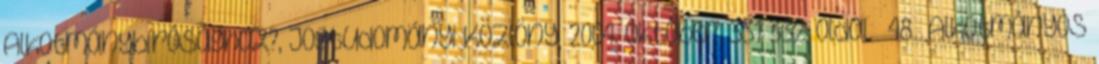
Alkotmánybírósághoz?, Jogtudományi Közlöny, 2004. október, 331–332. oldal. 48 Alkotmányos